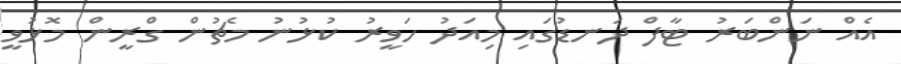
އެއް ނަންބަރު ޓާފް ދަނޑުގައި މިއަދު ހަވީރު ކުޅުނު މެޗުން ގްރީން މޮޅުވީ